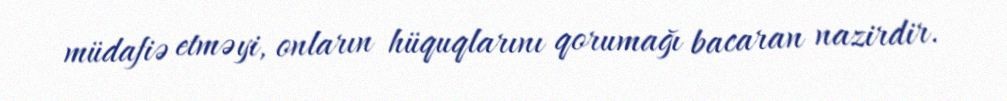
müdafiə etməyi, onların hüquqlarını qorumağı bacaran nazirdir.